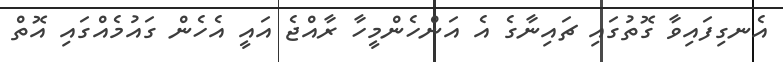
އެނގިފައިވާ ގޮތުގައި ޗައިނާގެ އެ އަންހެންމީހާ ރާއްޖެ އައީ އެހެން ގައުމެއްގައި އޮތް